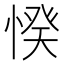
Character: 𢜽